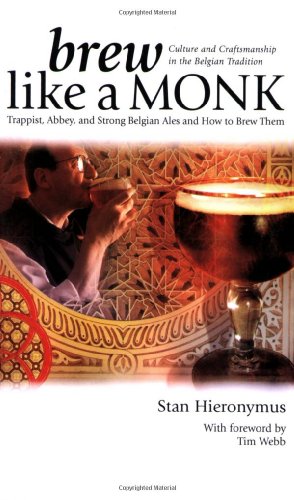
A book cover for Brew Like a Monk: Trappist, Abbey, and Strong Belgian Ales and How to Brew Them; Stan Hieronymus; Cookbooks, Food & Wine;